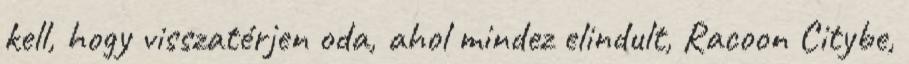
kell, hogy visszatérjen oda, ahol mindez elindult, Racoon Citybe,